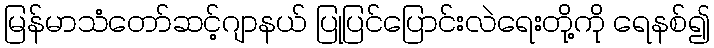
မြန်မာသံတော်ဆင့်ဂျာနယ် ပြုပြင်ပြောင်းလဲရေးတို့ကို ရေနစ်၍